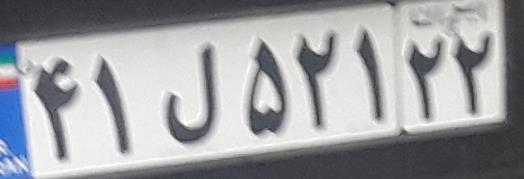
۴۱ل۵۲۱۲۲